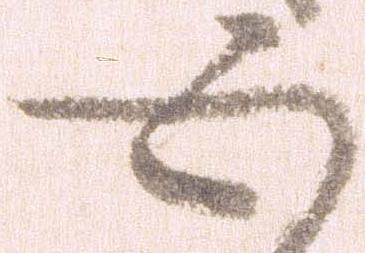
五